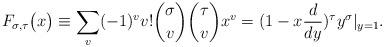
LaTeX: \begin{align*}F_{\sigma, \tau}\big( x \big) \equiv \sum_v (-1)^v v! {\sigma\choose v}{\tau \choose v}x^v = (1-x{d \over dy})^\tau y^\sigma|_{y=1}.\end{align*}